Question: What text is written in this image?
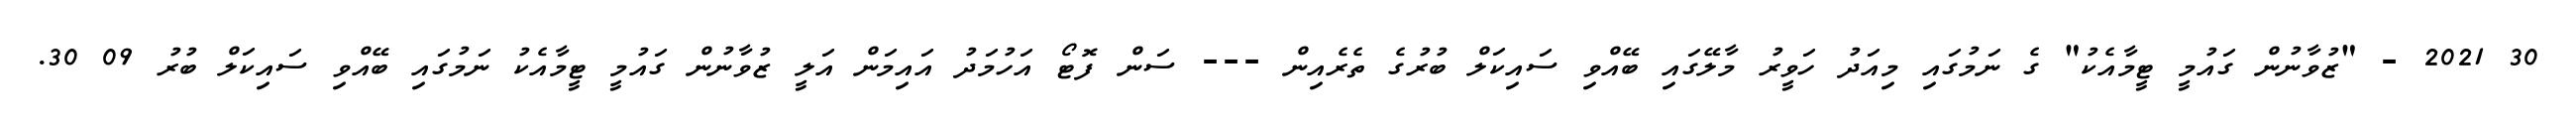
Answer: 30 2021 - "ޒުވާނުން ގައުމީ ޓީމާއެކު" ގެ ނަމުގައި މިއަދު ހަވީރު މާލޭގައި ބޭއްވި ސައިކަލް ބުރުގެ ތެރެއިން --- ސަން ފޮޓޯ އަހުމަދު އައިމަން އަލީ ޒުވާނުން ގައުމީ ޓީމާއެކު ނަމުގައި ބޭއްވި ސައިކަލް ބުރު 09 30.